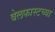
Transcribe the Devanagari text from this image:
बेलफास्टच्या